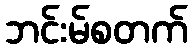
ဘင်းမ်စတက်